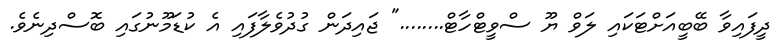
ދީފައިވާ ބޭބީއަށްޓަކައި ލަވް ޔޫ ސްވީޓްހާޓް........" ޖައިދަން ގުދުވެލާފައި އެ ކުޑަމޫނުގައި ބޮސްދިނެވެ.